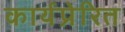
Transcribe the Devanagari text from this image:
कार्यप्रेरित